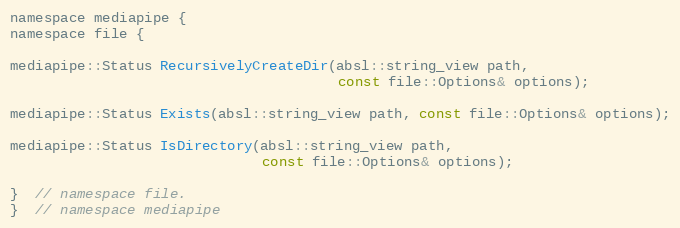
Language: C
namespace mediapipe {
namespace file {

mediapipe::Status RecursivelyCreateDir(absl::string_view path,
                                       const file::Options& options);

mediapipe::Status Exists(absl::string_view path, const file::Options& options);

mediapipe::Status IsDirectory(absl::string_view path,
                              const file::Options& options);

}  // namespace file.
}  // namespace mediapipe